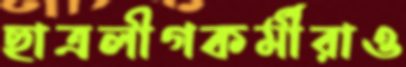
ছাত্রলীগকর্মীরাও